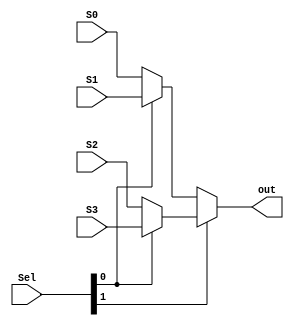
module MUX4_1_SL(Sel,S0,S1,S2,S3,out);
input [1:0] Sel;
input [3:0] S0,S1,S2,S3;
output [3:0]out;
assign out = (Sel[1]?(Sel[0]?S3:S2) : (Sel[0]?S1:S0));
endmodule